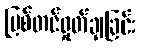
ပြစ်တင်ရှုတ်ချခြင်း